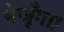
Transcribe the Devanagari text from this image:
भेजूँगा।